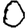
Digit: 0